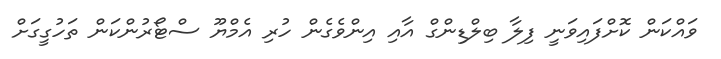
ވައްކަން ކޮށްފައިވަނީ ފިލާ ބިލްޑިންގް އާއި އިންވެގެން ހުރި އެމްޔޫ ސްޓޯރުންކަން ތަހުގީގަށް